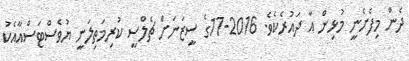
ދެން މިފެށެނީ މުޅިން އާ ދައުރެކެވެ. 2016-17ގެ ސީޒަނަށް ޗެލްސީ ކުރިމަތިލަނީ ޔުވެސްޓަސްއާއެކު